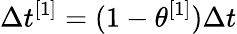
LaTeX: \Delta t^{[1]}=(1-\theta^{[1]})\Delta t